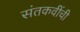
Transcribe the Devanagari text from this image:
संतकवींची